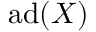
\operatorname { a d } ( X )